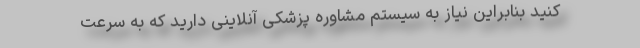
کنید بنابراین نیاز به سیستم مشاوره پزشکی آنلاینی دارید که به سرعت